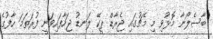
ބާސެލޯނާ މޮޅުވި މި މެޗުގައި ޖެރާޑް ޕީކޭ ލަނޑު ޖަހާފައިވަނީ ފުރަތަމަ ހާފުގެ